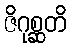
ဇိဂုစ္ဆတိ